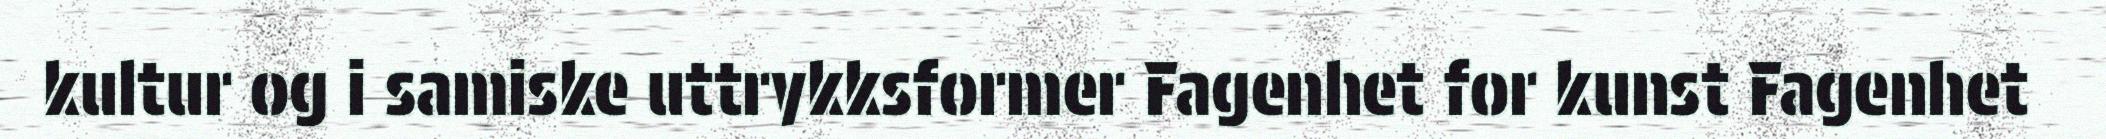
kultur og i samiske uttrykksformer Fagenhet for kunst Fagenhet